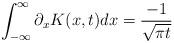
LaTeX: \begin{align*}\int_{-\infty}^{\infty}\partial_x K(x,t)dx=\frac{-1}{\sqrt{\pi t}} \end{align*}